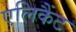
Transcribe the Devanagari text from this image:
एलिकैंट